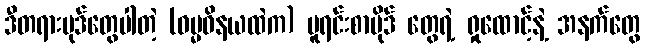
ဒီတရားပုဒ်တွေပါတဲ့ (ဓမ္မဝိနယထဲက) မူရင်းစာပိုဒ် တွေရဲ့ ရှုထောင့်နဲ့ အနက်တွေ